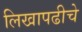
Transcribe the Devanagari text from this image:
लिखापढीचे